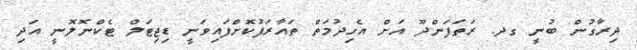
ދިރާގުން ބުނީ ގދ. ރަތަފަންދޫ އަށް އެހިދުމަތް ތައާރަފުކޮށްފައިވަނީ ޑިޖިޓަލް ޓެކްނޮލޮނީ އަދި